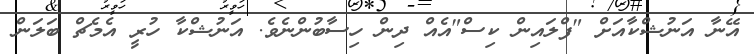
އޭނާ އަނުޝްކާއަށް "ފްލައިން ކިސް"އެއް ދިން ހިސާބުންނެވެ. އަނުޝްކާ ހުރީ އެމެޗް ބަލަން